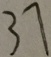
3 7